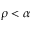
\rho < \alpha